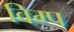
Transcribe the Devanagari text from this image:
विम्प